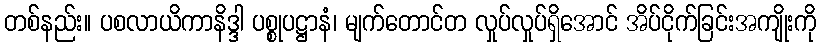
တစ်နည်း။ ပစလာယိကာနိဒ္ဒါ ပစ္စုပဋ္ဌာနံ၊ မျက်တောင်တ လှုပ်လှုပ်ရှိအောင် အိပ်ငိုက်ခြင်းအကျိုးကို